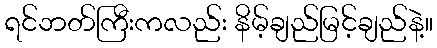
ရင်ဘတ်ကြီးကလည်း နိမ့်ချည်မြင့်ချည်နဲ့။